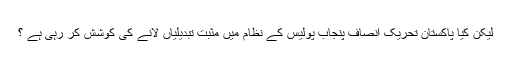
لیکن کیا پاکستان تحریک انصاف پنجاب پولیس کے نظام میں مثبت تبدیلیاں لانے کی کوشش کر رہی ہے ؟